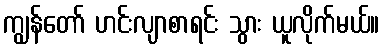
ကျွန်တော် ဟင်းလျာစာရင်း သွား ယူလိုက်မယ်။